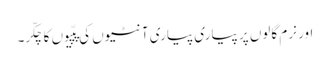
اور نرم گالوں پر پیاری پیاری آنٹیوں کی پپّیوں کا چکّر۔